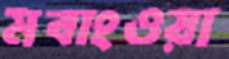
মবাংওয়া